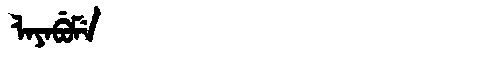
Manchu: ᠯᠠᠶᠠᠪᡠᠮᡝ
Romanization: LAYABUME